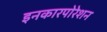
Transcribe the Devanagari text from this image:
इनकारपोरेशन